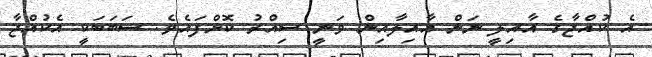
އެ ކުއްޖާގެ އާއިލީ ނަން އާއިލާއިން ވަނީ ސިއްރު ކޮށްފައެވެ. ސަބަބަކީ އެކުއްޖާ